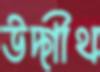
উদ্গীথ